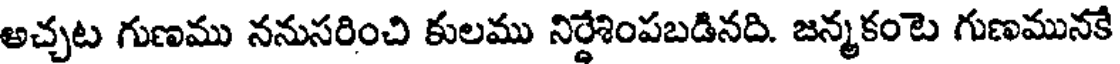
అచ్చట గుణము ననుసరించి కులము నిర్దేశింపబడినది. జన్మకంటె గుణమునకే